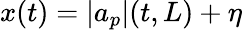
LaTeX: x(t)=|a_{p}|(t,L)+\eta